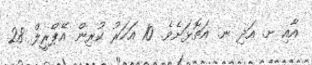
އާއި ށ. އަދި ނ. އަތޮޅަށެވެ. 10 އަހަރު ކުރިން އޭޕްރީލް 28